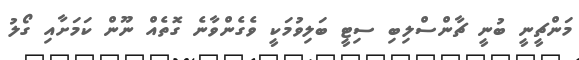
މަންޗީނީ ބުނީ ޗާންސްލިބި ސިޓީ ބަލިވުމަކީ ވެގެންވާނެ ގޮތެއް ނޫން ކަމަށާއި ގޯލު